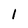
Character: 1